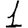
Digit: 1